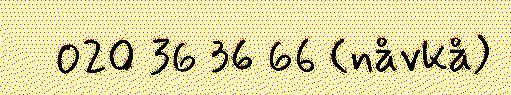
020 36 36 66 (nåvkå)